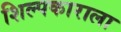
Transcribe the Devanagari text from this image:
शिल्पकाराला